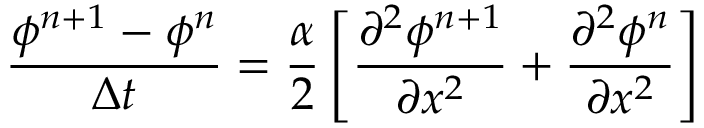
\frac { \phi ^ { n + 1 } - \phi ^ { n } } { \Delta t } = \frac { \alpha } { 2 } \left[ \frac { \partial ^ { 2 } \phi ^ { n + 1 } } { \partial x ^ { 2 } } + \frac { \partial ^ { 2 } \phi ^ { n } } { \partial x ^ { 2 } } \right]